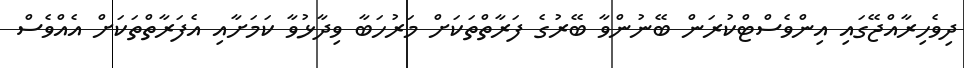
ދިވެހިރާއްޖޭގައި އިންވެސްޓްކުރަން ބޭނުންވާ ބޭރުގެ ފަރާތްތަކަށް މަރުހަބާ ވިދާޅުވާ ކަމަށާއި އެފަރާތްތަކަށް އެއްވެސް